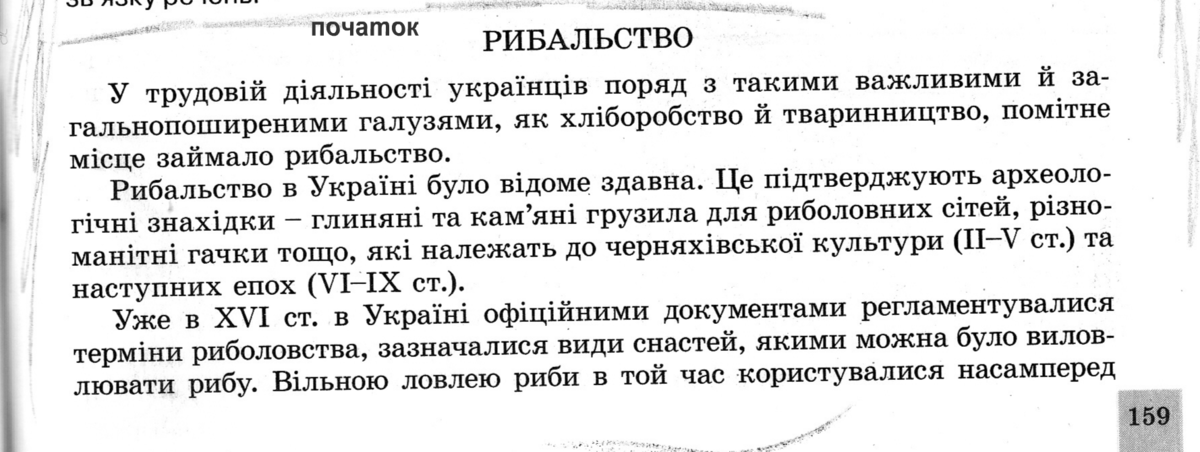
Language: uk